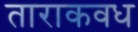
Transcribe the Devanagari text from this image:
ताराकवध